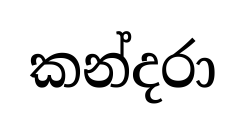
කන්දරා